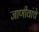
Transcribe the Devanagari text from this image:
जाणीवांचे